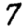
Digit: 7